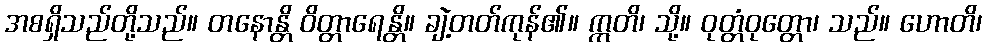
အစရှိသည်တို့သည်။ တနောန္တိ ဝိတ္တာရေန္တိ။ ချဲ့တတ်ကုန်၏။ ဣတိ၊ သို့။ ဝုတ္တံဝုတ္တော၊ သည်။ ဟောတိ၊